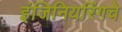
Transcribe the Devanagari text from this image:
इंजिनियरिंगचे